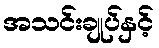
အသင်းချုပ်နှင့်